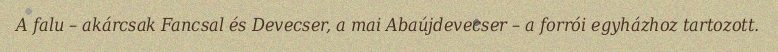
A falu – akárcsak Fancsal és Devecser, a mai Abaújdevecser – a forrói egyházhoz tartozott.